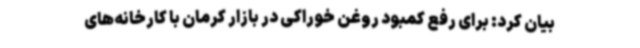
بیان کرد: برای رفع کمبود روغن خوراکی در بازار کرمان با کارخانه‌های